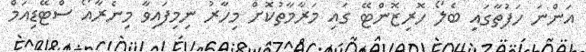
އަންނަ ހަފުތާގައި ބެލޯ ހޮރިޒޮންޓޭ ގައި މަރާމާތުކޮށް މިހާރު ނިމިފައިވާ މިނެރާއޯ ސްޓޭޑިއަމް